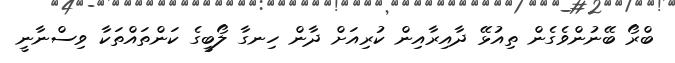
ބްރޯ ބޭނުންވެގެން ތިއުޅޭ ދާއިރާއިން ކުރިއަށް ދާން ހިނގާ ލޯބީގެ ކަންތައްތަކާ ވިސްނާނީ